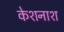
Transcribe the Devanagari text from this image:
केशनाश